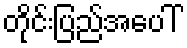
တိုင်းပြည်အပေါ်